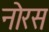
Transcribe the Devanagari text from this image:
नोरस